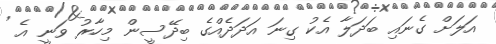
އަލަށް ގެނައި ބަދަލާ އެކު ގިނަ އަދަދެއްގެ ބިދޭސީން މިހާރު ވަނީ އެ